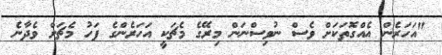
"އަހަރެން އެއްގޮތަކަށް ވެސް ނުވިސްނަން މިރޭގެ މެޗަކީ އަހަރެންގެ ފަހު މެޗަށް ވެދާނެ